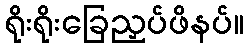
ရိုးရိုးခြေညှပ်ဖိနပ်။